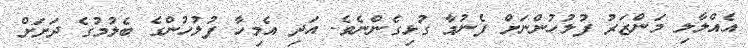
އެއްލާލި މަންޒަރު ފުލުހުންނަށް ފެނުމާ ގުޅިގެންނެވެ. އަދި އެމިހާ ފުލުހުންގެ ބެލުމުގެ ދަށަށް